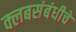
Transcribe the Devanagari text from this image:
क्लबसंबंधीचे